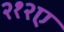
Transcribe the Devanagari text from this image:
२१२ए